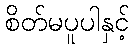
စိတ်မပူပါနှင့်